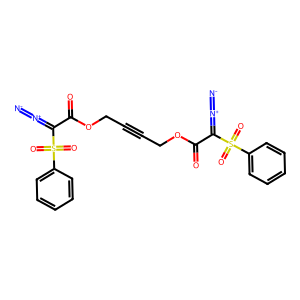
SMILES: [N-]=[N+]=C(C(=O)OCC#CCOC(=O)C(=[N+]=[N-])S(=O)(=O)c1ccccc1)S(=O)(=O)c1ccccc1
Inhibits HIV replication: No